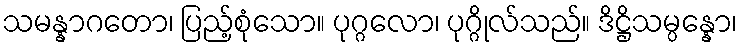
သမန္နာဂတော၊ ပြည့်စုံသော။ ပုဂ္ဂလော၊ ပုဂ္ဂိုလ်သည်။ ဒိဋ္ဌိသမ္ပန္နော၊